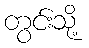
တွင်းသို့